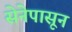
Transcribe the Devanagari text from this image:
सेनेपासून